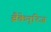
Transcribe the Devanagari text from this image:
ब्रैकेन्‌रिज